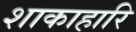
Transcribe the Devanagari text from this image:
शाकाहारि